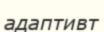
адаптивт